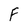
Character: F